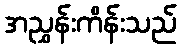
အညွှန်းကိန်းသည်